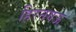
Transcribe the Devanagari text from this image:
हिरनगऊ